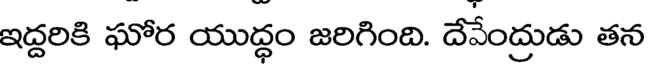
ఇద్దరికి ఘోర యుద్ధం జరిగింది. దేవేంద్రుడు తన